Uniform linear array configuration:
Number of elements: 8
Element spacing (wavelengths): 0.5
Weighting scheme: kaiser
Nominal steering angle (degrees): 0
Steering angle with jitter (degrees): -1.844
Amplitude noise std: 0.05
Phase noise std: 0.05

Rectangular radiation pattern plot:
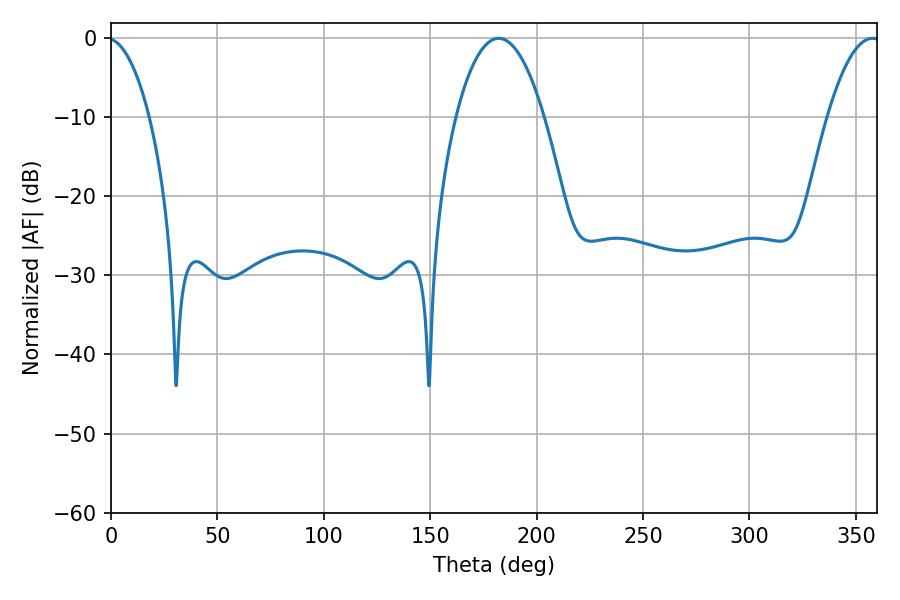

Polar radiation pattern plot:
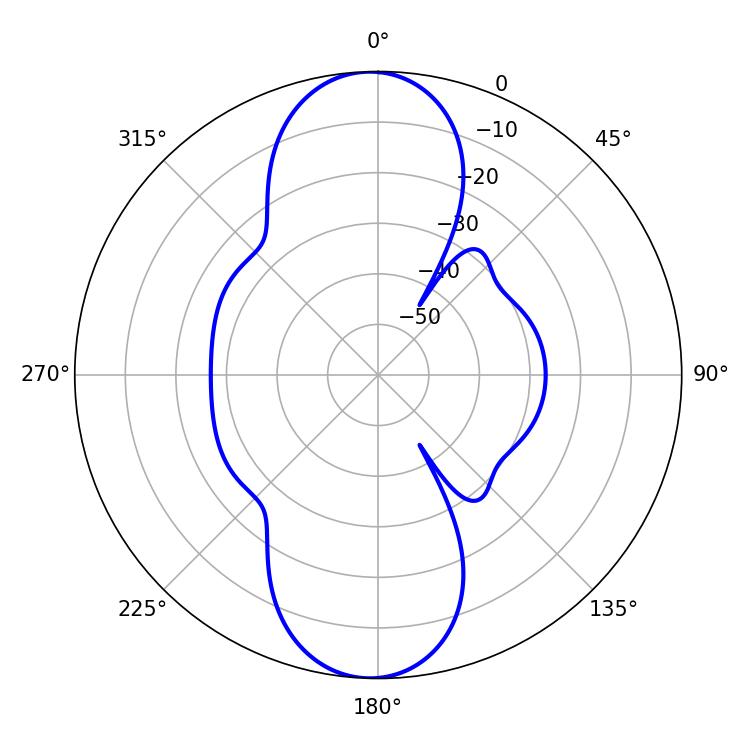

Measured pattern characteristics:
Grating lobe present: FALSE
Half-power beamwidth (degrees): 23.04
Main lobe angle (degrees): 182.16